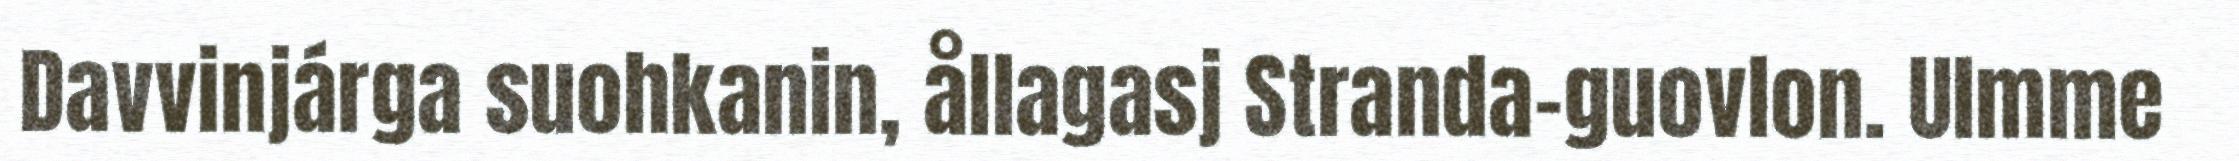
Davvinjárga suohkanin, ållagasj Stranda-guovlon. Ulmme